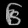
Digit: ၆